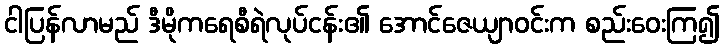
ငါပြန်လာမည် ဒီမိုကရေစီရဲလုပ်ငန်း၏ အောင်ဇေယျာဝင်းက စည်းဝေးကြ၍